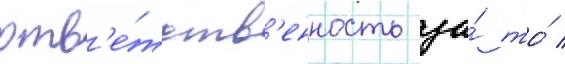
отв'е́тств'енность за́ то́ /